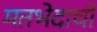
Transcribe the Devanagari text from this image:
मतभेदाची